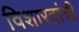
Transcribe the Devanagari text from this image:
विशारदांची